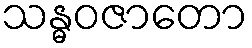
သန္ဓဝဇာတော